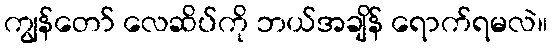
ကျွန်တော် လေဆိပ်ကို ဘယ်အချိန် ရောက်ရမလဲ။